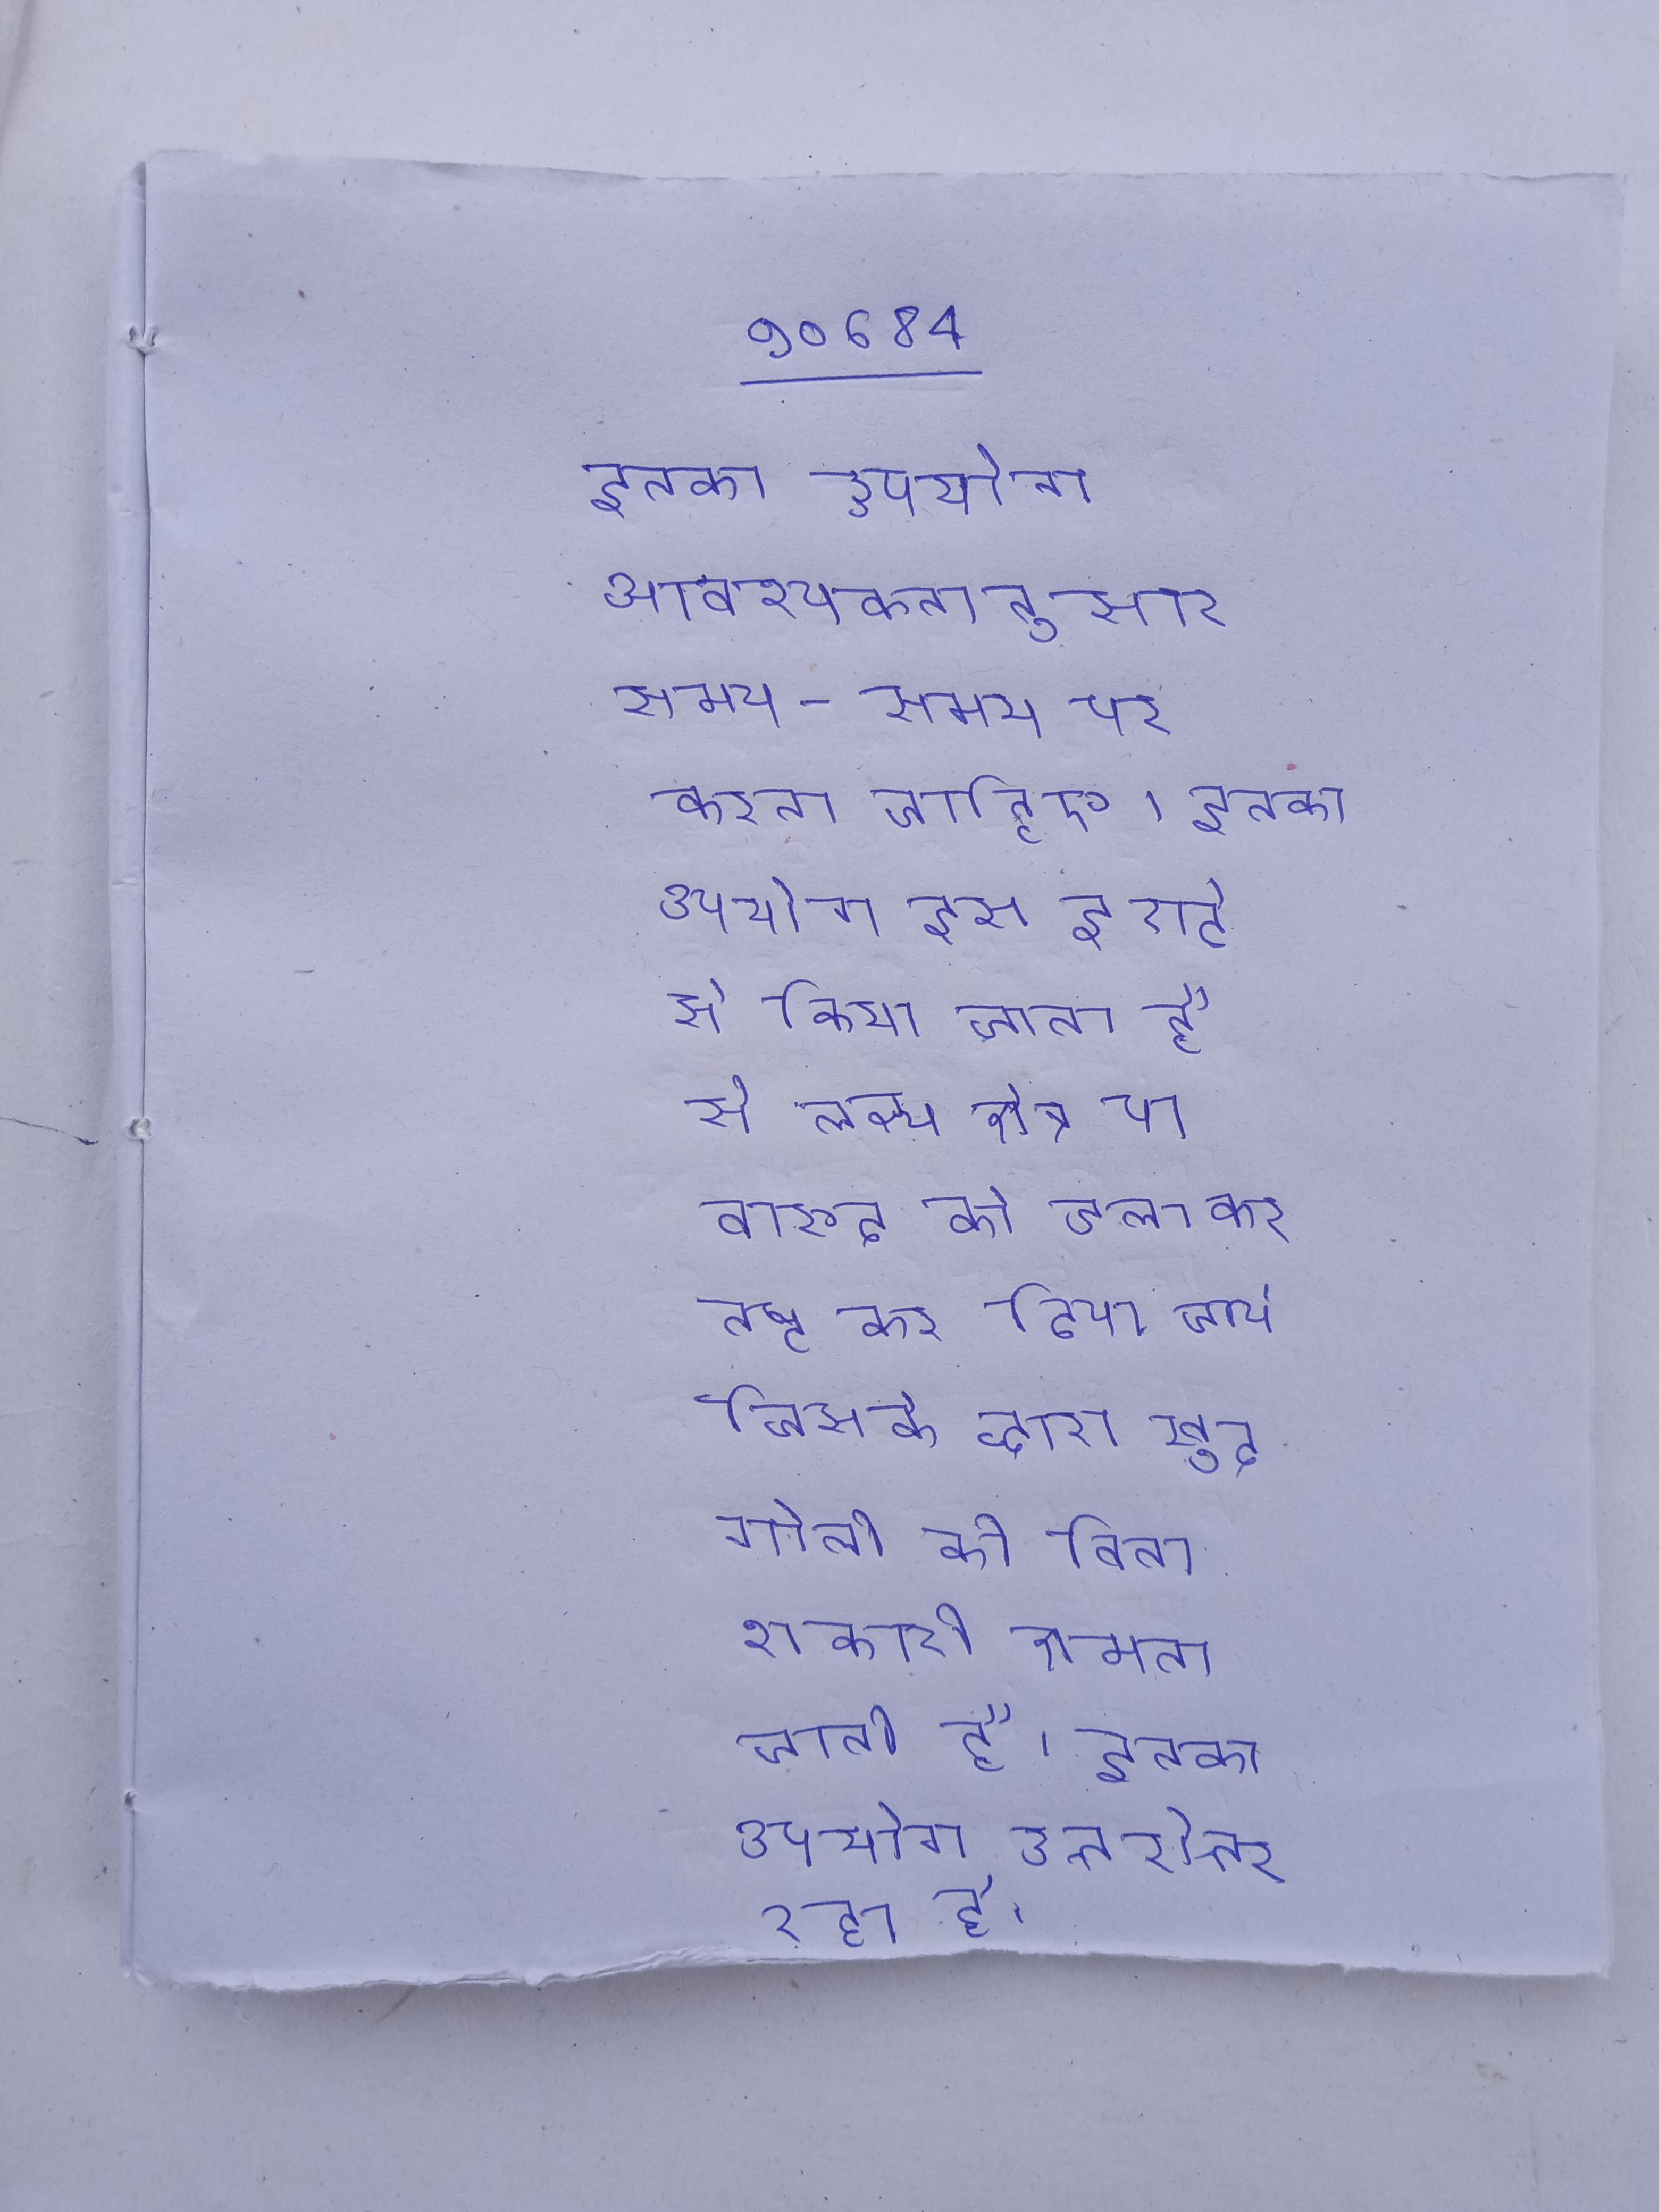
इनका उपयोग आवश्यकतानुसार समय-समय पर करना चाहिए । इनका उपयोग इस इरादे से किया जाता है कि लक्ष्य क्षेत्र या बारूद को जला कर नष्ट कर दिया जाये, जिसके द्वारा खुद गोली की विनाशकारी क्षमता जाती है । इनका उपयोग उत्तरोत्तर रहा है ।